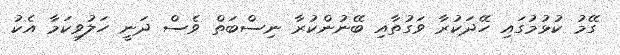
ގޭމު ކުޅުމުގައި ހޭދަކުރާ ވަގުތާއި ބޭނުންކުރާ ނިސްބަތް ވެސް ދަނީ ހަލުވިކަމާ އެކު